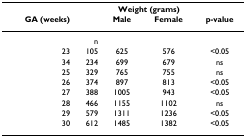
|  |  | <COLSPAN=2> Weight (grams) |  |
 | GA (weeks) |  | Male | Female | p-value |
 | --- | --- | --- | --- | --- |
 |  | n |  |  |  |
 | 23 | 105 | 625 | 576 | <0.05 |
 | 34 | 234 | 699 | 679 | ns |
 | 25 | 329 | 765 | 755 | ns |
 | 26 | 374 | 897 | 813 | <0.05 |
 | 27 | 388 | 1005 | 943 | <0.05 |
 | 28 | 466 | 1155 | 1102 | ns |
 | 29 | 579 | 1311 | 1236 | <0.05 |
 | 30 | 612 | 1485 | 1382 | <0.05 |